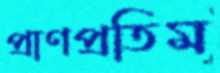
প্রাণপ্রতিম